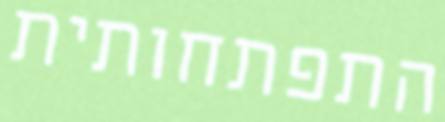
התפתחותית